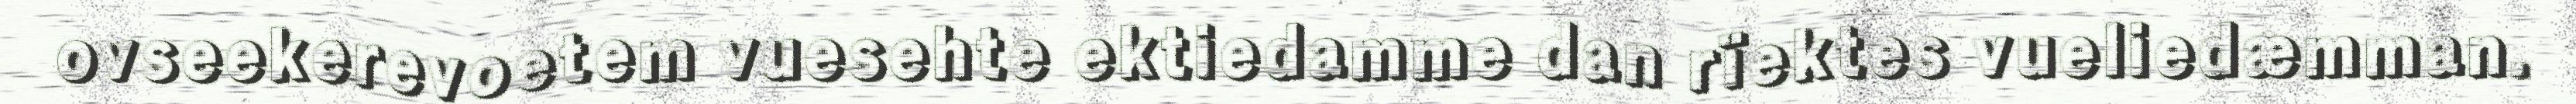
ovseekerevoetem vuesehte ektiedamme dan rïektes vueliedæmman.